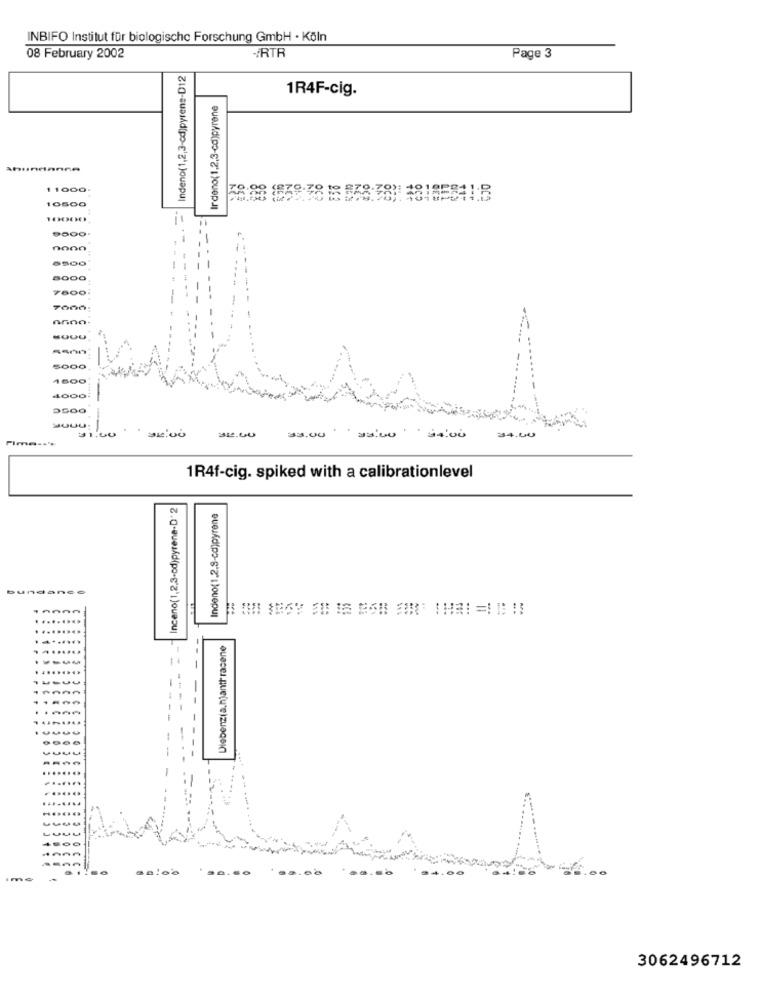
INBIFO Institut für biologische Forschung GmbH · Köln
Page 3
08 February 2002
-RTR
Indeno(1,2,3-cd)pyrens-D12
1R4F-cig.
Irdeno(1,2,3-cd)pyrene
anıındanne
1 1000
0000
nono
-500
7600
7000
5000
1800
4000
31.00
33.00
* 34.00
34.00
1R4f-cig. spiked with a calibrationlevel
Inceno(1,2,3-od)pyrene-D' 2
Indeno(1,2,8-cd)pyrene
bund
ance
nnnn
.........
........
--
Diebenzia.hjanti-racene
:00
....
3062496712